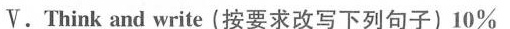
V.Think and write(按要求改写下列句子)10%